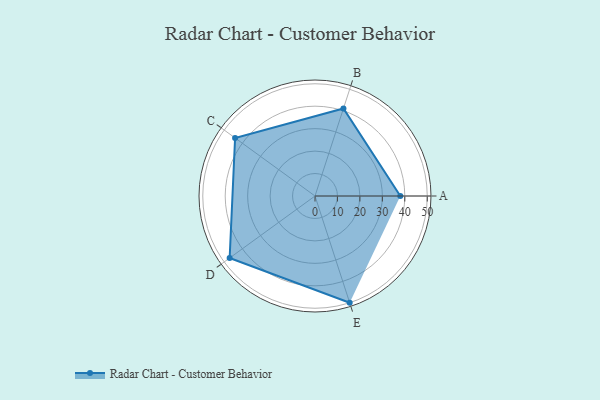
{"axis": {"x": "Skill", "y": "Score"}, "legend": ["Profile"], "data": [{"x": "A", "y": 38.0, "type": "Profile"}, {"x": "B", "y": 41.0, "type": "Profile"}, {"x": "C", "y": 44.0, "type": "Profile"}, {"x": "D", "y": 47.0, "type": "Profile"}, {"x": "E", "y": 50.0, "type": "Profile"}]}